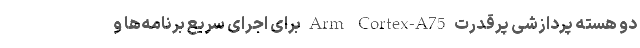
دو هسته پردازشی پرقدرت Arm Cortex-A75 برای اجرای سریع برنامه‌ها و